Medical and sanitary report of the native army of Bengal for the year
Year: 1875
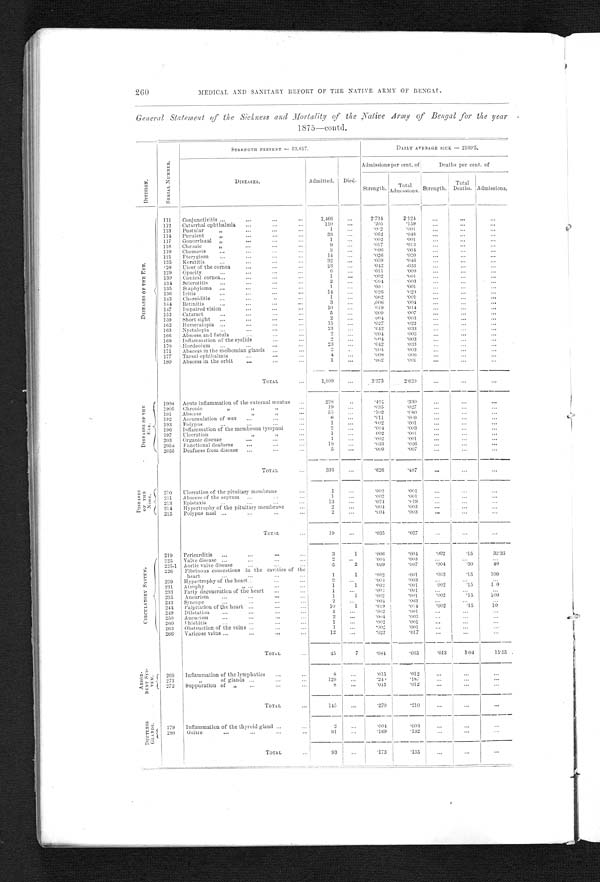
260
MEDICAL AND SANITARY REPORT OF THE NATIVE ARMY OF BENGAL.
General Statement of the Sickness and Mortality of the Native Army of Bengal for the year
1875—contd.
D I V I S I O N .
S E R I A L N U M B E R .
STRENGTH PRESENT — 53,617.
DAILY AVERAGE SICK — 2160.5.
DISEASES.
Admitted. Died.
Admissions per cent. of
Deaths per cent. of
Strength.
Total A d m i s s i o n s . Strength.
Total
Deaths. Admissions.
D I S E A S E S O F T H E E Y E .
111
Conjunctivitis ...
...
. . .
...
1,466
...
2.734
2.124
...
...
...
112 Catarrhal ophthalmia ...
. . . ...
110
. . .
. 2 0 5
. 1 5 9...
. . .
...
113
Pustular „
...
. . . ...
1
...
. 0 0 2
. 0 0 1
...
. . .
. . .
114 Purulent „
...
. . . . . .
33
...
. 0 6 2
. 0 4 8...
. . .
. . .
117 Gonorrhœal „
...
. . . . . .
1
...
. 0 0 2
.001
...
. . .
. . .
118 Chronic „
...
. . . ...
9
...
. 0 1 7
. 0 1 3...
. . .
. . .
119
Chemosis
...
...
. . . ...
3
...
. 0 0 6
. 0 0 4...
. . .
. . .
121
Pterygium
...
...
. . . ...
14
...
. 0 2 6
. 0 2 0 . . .
. . .
. . .
125 Keratitis
...
...
. . . ...
32
...
. 0 5 9
. 0 4 6...
. . .
...
128 Ulcer of the cornea
...
. . . ...
23
...
. 0 4 2
.033
...
. . .
. . .
129 Opacity
...
...
. . . ...
6
...
. 0 1 1
. 0 0 9...
. . .
. . .
130
Conical cornea . . .
...
. . . ...
1
...
. 0 0 2
. 0 0 1...
. . .
. . .
134 Selerotitis
...
...
. . . ...
2
...
.004 .003
...
. . .
. . .
135 Staphyloma ...
...
. . . . . .
1
. . .
. 0 0 2
. 0 0 1...
. . .
. . .
136 Iritis
...
...
. . . ...
14
...
. 0 2 6
. 0 2 0.
. .
. . .
. . .
143 Choroiditis ...
...
. . . . . .
1
...
. 0 0 2
. 0 0 1...
. . .
. . .
144 Retinitis
...
...
. . . . . .
3
...
.006
. 0 0 4...
. . .
. . .
147
Impaired vision
...
. . . ...
10
...
.019
. 0 4 4 . . .
. . .
. . .
152 Cataract
...
...
. . . . . .
5
...
. 0 0 9
. 0 0 7...
. . .
. . .
159 Short sight ...
...
. . . ...
2
...
.004
. 0 0 3...
. . .
...
162 Hemeralopia ...
...
. . . ...
15
...
. 0 2 7
. 0 2 2...
. . .
. . .
163 Nyetalopia
...
...
. . .
. . .
23
...
. 0 4 2
.033
...
. . .
. . .
166 Abscess, and fistula
...
. . .
...
2
...
.004
. 0 0 3...
. . .
. . .
169 Inflammation of the eyelids
. . .
...
2
...
. 0 0 4
. 0 0 3 . . .
. . .
. . .
170 Hordeolum ...
...
. . .
...
23
...
. 0 4 2
.033
...
. . .
. . .
171
Abscess in the meibomian glands
. . .
...
2
. . .
. 0 0 4
. 0 0 3...
...
. . .
177 Tarsal ophthalmia
...
. . .
. . .
4
...
. 0 0 8
. 0 0 6 . . .
. . .
. . .
180 Abscess in the orbit
...
. . .
...
1
...
. 0 0 2
. 0 0 1...
...
. . .
TOTAL
...
1,809
...
...
...
...
3.373
2.620
D I S E A S E S O F T H E
E A R .
190a Acute inflammation of the external meatus ...
228
. . .
.424 .330
...
...
...
190b Chronic „ „ „
...
19
. . .
. 0 3 5
. 0 2 7
...
. . .
. . .
191 Abscess „ „
...
55
...
. 1 0 2
. 0 8 0
...
. . .
. . .
192
Accumulation of wax ...
. . .
...
6
. . .
. 0 1 1
. 0 0 9...
...
...
193
Polypus
...
...
. . .
...
1
...
. 0 0 2
. 0 0 1...
...
...
196 Inflammation of the membrana tympani
...
2
...
. 0 0 4
.003
...
...
...
197 Ulceration „ „
...
1
. . .
. 0 0 2
. 0 0 1...
...
. . .
203 Organic disease
... . . .
...
1
. . .
. 0 0 2
. 0 0 1...
. . .
...
205a Functional deafness
...
...
...
18
. . .
. 0 3 3
. 0 2 6
...
. . .
. . .
205b Deafness from disease ...
. . .
. . .
5
. . .
. 0 0 9
. 0 0 7...
. . .
...
TOTAL
...
336
...
. 6 2 6
. 4 8 7...
...
...
DISEASES OF THE
NOSE. 210 Ulceration of the pituitary membrane
. . .
1
. . .
. 0 0 2
. 0 0 1...
. . .
...
211 Abscess of the septum ...
...
...
1
...
. 0 0 2
. 0 0 1...
. . .
...
213 Epistaxis
. . . ...
. . .
. . .
13
. . .
. 0 2 4
. 0 1 9 . . .
. . .
...
214 Hypertrophy of the pituitary membrane
. . .
2
...
. 0 0 4
. 0 0 3...
. . .
. . .
215
Polypus nasi ...
...
. . .
. . .
2
...
.004
. 0 0 3.
. .
. . .
...
TOTAL
. . .
19
...
. 0 3 5
. 0 2 7 . . .
...
...
C I R C U L A T O R Y S Y S T E M . 219 Pericarditis ...
...
. . .
...
3
1 .006 .004
.002
.15
3 3 . 3 3
225 Valve disease ...
...
. . .
. . .
2
..
. 0 0 4
. 0 0 3...
...
...
225-1 Aortic valve disease
...
. . .
. . .
5
2
. 0 0 9
. 0 0 7.004
. 3 0 40
226
Fibrinous concretions in the cavities of the
heart
...
...
...
...
1
1
. 0 0 2
. 0 0 1.002
. 1 5 100
229 Hypertrophy of the heart ...
. . .
. . .
2
...
. 0 0 4
. 0 0 3...
. . .
...
231 Atrophy
...
. . .
...
1
1
. 0 0 2
. 0 0 1
.002
. 1 5 1.0
233 Fatty degeneration of the heart ...
. . .
1
...
. 0 0 2
. 0 0 1...
. . .
...
235
Aneurism
...
...
. . .
. . .
1
1
. 0 0 2
. 0 0 1.002
. 1 5 100
243 Syncope
...
...
...
...
2
...
. 0 0 4
. 0 0 3...
...
...
244 Palpitation of the heart ...
. . .
...
10
1
. 0 1 9
. 0 1 4.002
.15
10
249 Dilatation
...
...
...
...
1
...
. 0 0 2
. 0 0 1...
. . .
...
250 Ancurism
...
...
. . .
...
2
...
. 0 0 4
. 0 0 3 . . .
. . .
. . .
260 Phlebitis
. . .
...
...
...
1
...
. 0 0 2
. 0 0 1 . . .
. . .
...
263 Obstruction of the veins ...
. . .
...
1
...
. 0 0 2
. 0 0 1 . . .
. . .
...
266 VAricose veins ...
...
...
...
12
...
. 0 2 2
. 0 1 7 . . .
. . .
...
TOTAL
. . .
45
7 . 0 8 4
. 0 6 5.013
1.04
1 5 . 5 5
A B S O R -
B E N T S Y S -
T E M .
269 Inflammation of the lymphatics ...
. . .
8
...
. 0 1 5
. 0 1 2
. . .
...
. . .
2 7 1
„ of glands ...
. . .
. . .
129
...
. 2 4 0
. 1 8 7
. . .
...
...
272 Suppuration of „
...
. . .
. . .
8
...
. 0 1 5
. 0 1 2 . . .
. . .
...
TOTAL
...
145
...
. 2 7 0
.210
. . .
. . . ...
D U C T L E S S
G L A N D S .
279 Inflammation of the thyroid gland . . .
...
2
...
.003
. . .
. 0 0 4
. . .
. . .
280
Goitre
...
...
. . .
...
91
...
. 1 6 9
. 1 3 2 . . .
...
...
T O T A L
...
93
...
. 1 7 3 .135
. . .
...
. . .